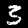
Label: 3